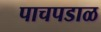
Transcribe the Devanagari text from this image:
पाचपडाळ